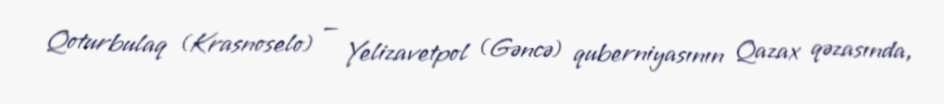
Qoturbulaq (Krasnoselo) — Yelizavetpol (Gəncə) quberniyasının Qazax qəzasında,